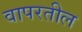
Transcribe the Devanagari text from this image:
वापरतील